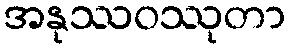
အနုဿဝဿုတာ